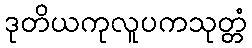
ဒုတိယကုလူပကသုတ္တံ